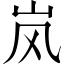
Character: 岚